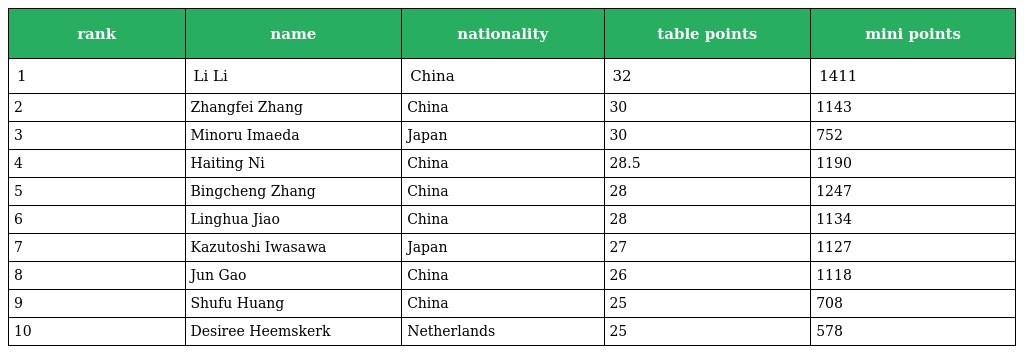
| rank | name | nationality | table points | mini points |
 | --- | --- | --- | --- | --- |
 | 1 | Li Li | China | 32 | 1411 |
 | 2 | Zhangfei Zhang | China | 30 | 1143 |
 | 3 | Minoru Imaeda | Japan | 30 | 752 |
 | 4 | Haiting Ni | China | 28.5 | 1190 |
 | 5 | Bingcheng Zhang | China | 28 | 1247 |
 | 6 | Linghua Jiao | China | 28 | 1134 |
 | 7 | Kazutoshi Iwasawa | Japan | 27 | 1127 |
 | 8 | Jun Gao | China | 26 | 1118 |
 | 9 | Shufu Huang | China | 25 | 708 |
 | 10 | Desiree Heemskerk | Netherlands | 25 | 578 |